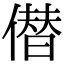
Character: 僣